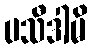
ပသီဒါမိ